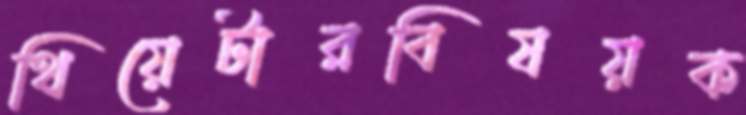
থিয়েটারবিষয়ক